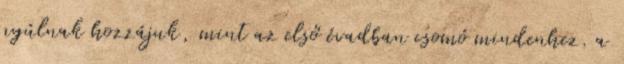
nyúlnak hozzájuk, mint az első évadban csomó mindenhez. a